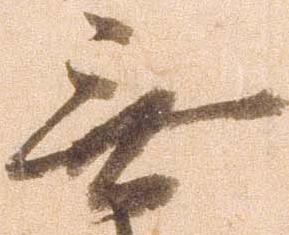
無